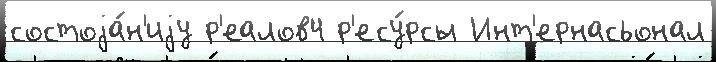
состоjа́н'иjу р'еалов4 р'есу́рсы Инт'ернасьонал